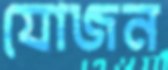
যোজন